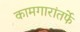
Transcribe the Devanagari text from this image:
कामगारांतर्फे